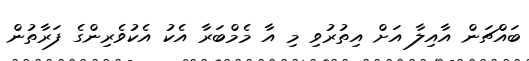
ބައްޗަން އާއިލާ އަށް އިތުރުވި މި އާ މެމްބަރާ އެކު އެކުވެރިންގެ ފަރާތުން